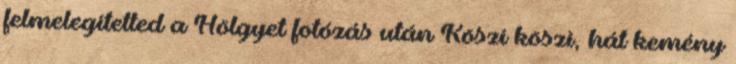
felmelegítetted a Hölgyet fotózás után Köszi köszi, hát kemény